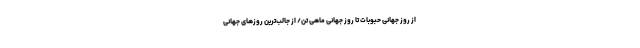
از روز جهانی حبوبات تا روز جهانی ماهی تن/ از جالب‌ترین روزهای جهانی